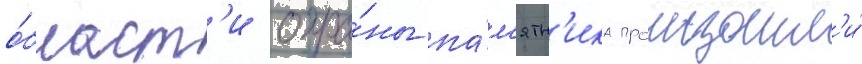
о́бласт'и охра́ны па́м'ятн'ика произошл'и́